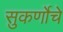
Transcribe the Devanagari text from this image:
सुकर्णोचे